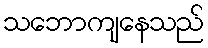
သဘောကျနေသည်